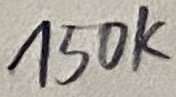
Text: 150K